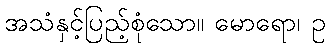
အသံနှင့်ပြည့်စုံသော။ မောရော၊ ဥ